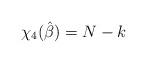
LaTeX: \begin{align*}\chi_4(\hat{\beta})=N-k\end{align*}